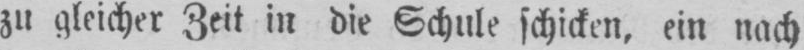
zu gleicher Zeit in die Schule schicken, ein nach